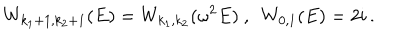
W _ { k _ { 1 } + 1 , k _ { 2 } + 1 } ( E ) = W _ { k _ { 1 } , k _ { 2 } } ( \omega ^ { 2 } E ) ~ , ~ ~ W _ { 0 , 1 } ( E ) = 2 i \, .